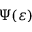
\Psi ( \varepsilon )